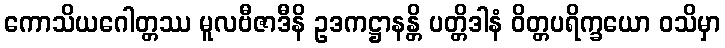
ကောသိယဂေါတ္တဿ မူလဗီဇာဒီနိ ဥဒကဋ္ဌာနန္တိ ပတ္တိဒါနံ ဝိတ္တပရိက္ခယော ဝသိမှာ